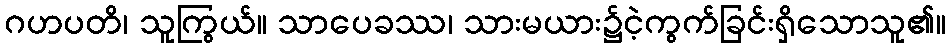
ဂဟပတိ၊ သူကြွယ်။ သာပေခဿ၊ သားမယား၌ငဲ့ကွက်ခြင်းရှိသောသူ၏။